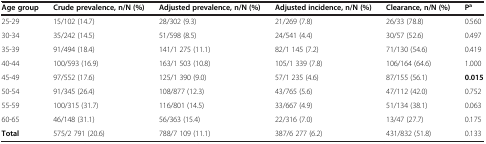
| Age group | Crude prevalence, n/N (%) | Adjusted prevalence, n/N (%) | Adjusted incidence, n/N (%) | Clearance, n/N (%) | Pa |
 | --- | --- | --- | --- | --- | --- |
 | 25-29 | 15/102 (14.7) | 28/302 (9.3) | 21/269 (7.8) | 26/33 (78.8) | 0.560 |
 | 30-34 | 35/242 (14.5) | 51/598 (8.5) | 24/541 (4.4) | 30/57 (52.6) | 0.497 |
 | 35-39 | 91/494 (18.4) | 141/1 275 (11.1) | 82/1 145 (7.2) | 71/130 (54.6) | 0.419 |
 | 40-44 | 100/593 (16.9) | 163/1 503 (10.8) | 105/1 339 (7.8) | 106/164 (64.6) | 1.000 |
 | 45-49 | 97/552 (17.6) | 125/1 390 (9.0) | 57/1 235 (4.6) | 87/155 (56.1) | 0.015 |
 | 50-54 | 91/345 (26.4) | 108/877 (12.3) | 43/765 (5.6) | 47/112 (42.0) | 0.752 |
 | 55-59 | 100/315 (31.7) | 116/801 (14.5) | 33/667 (4.9) | 51/134 (38.1) | 0.063 |
 | 60-65 | 46/148 (31.1) | 56/363 (15.4) | 22/316 (7.0) | 13/47 (27.7) | 0.175 |
 | Total | 575/2 791 (20.6) | 788/7 109 (11.1) | 387/6 277 (6.2) | 431/832 (51.8) | 0.133 |